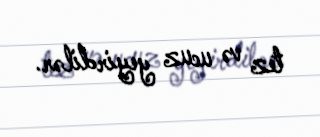
tez və ucuz yeyirdilər.